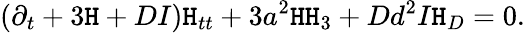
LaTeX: (\partial_{t}+3\mathtt{H}+DI)\mathtt{H}_{tt}+3a^{2}\mathtt{H}\mathtt{H}_{3}+Dd^{2}I\mathtt{H}_{D}=0.